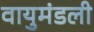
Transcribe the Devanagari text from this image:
वायुमंडली